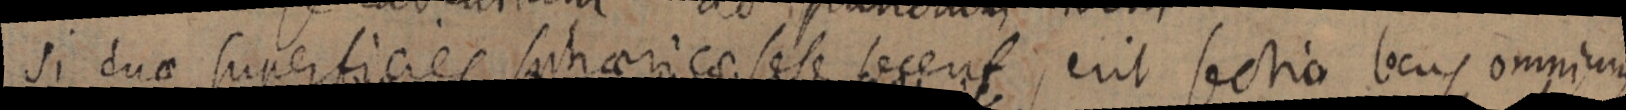
si duae superficies sphericae sese fecent, erit sectio locus omnium